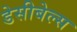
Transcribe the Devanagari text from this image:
डेसीबेल्स